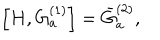
LaTeX: \left[ H , G _ { a } ^ { ( 1 ) } \right] = \bar { G } _ { a } ^ { ( 2 ) } ,